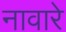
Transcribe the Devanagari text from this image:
नावारे